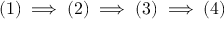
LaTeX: ( 1 ) \implies ( 2 ) \implies ( 3 ) \implies ( 4 )